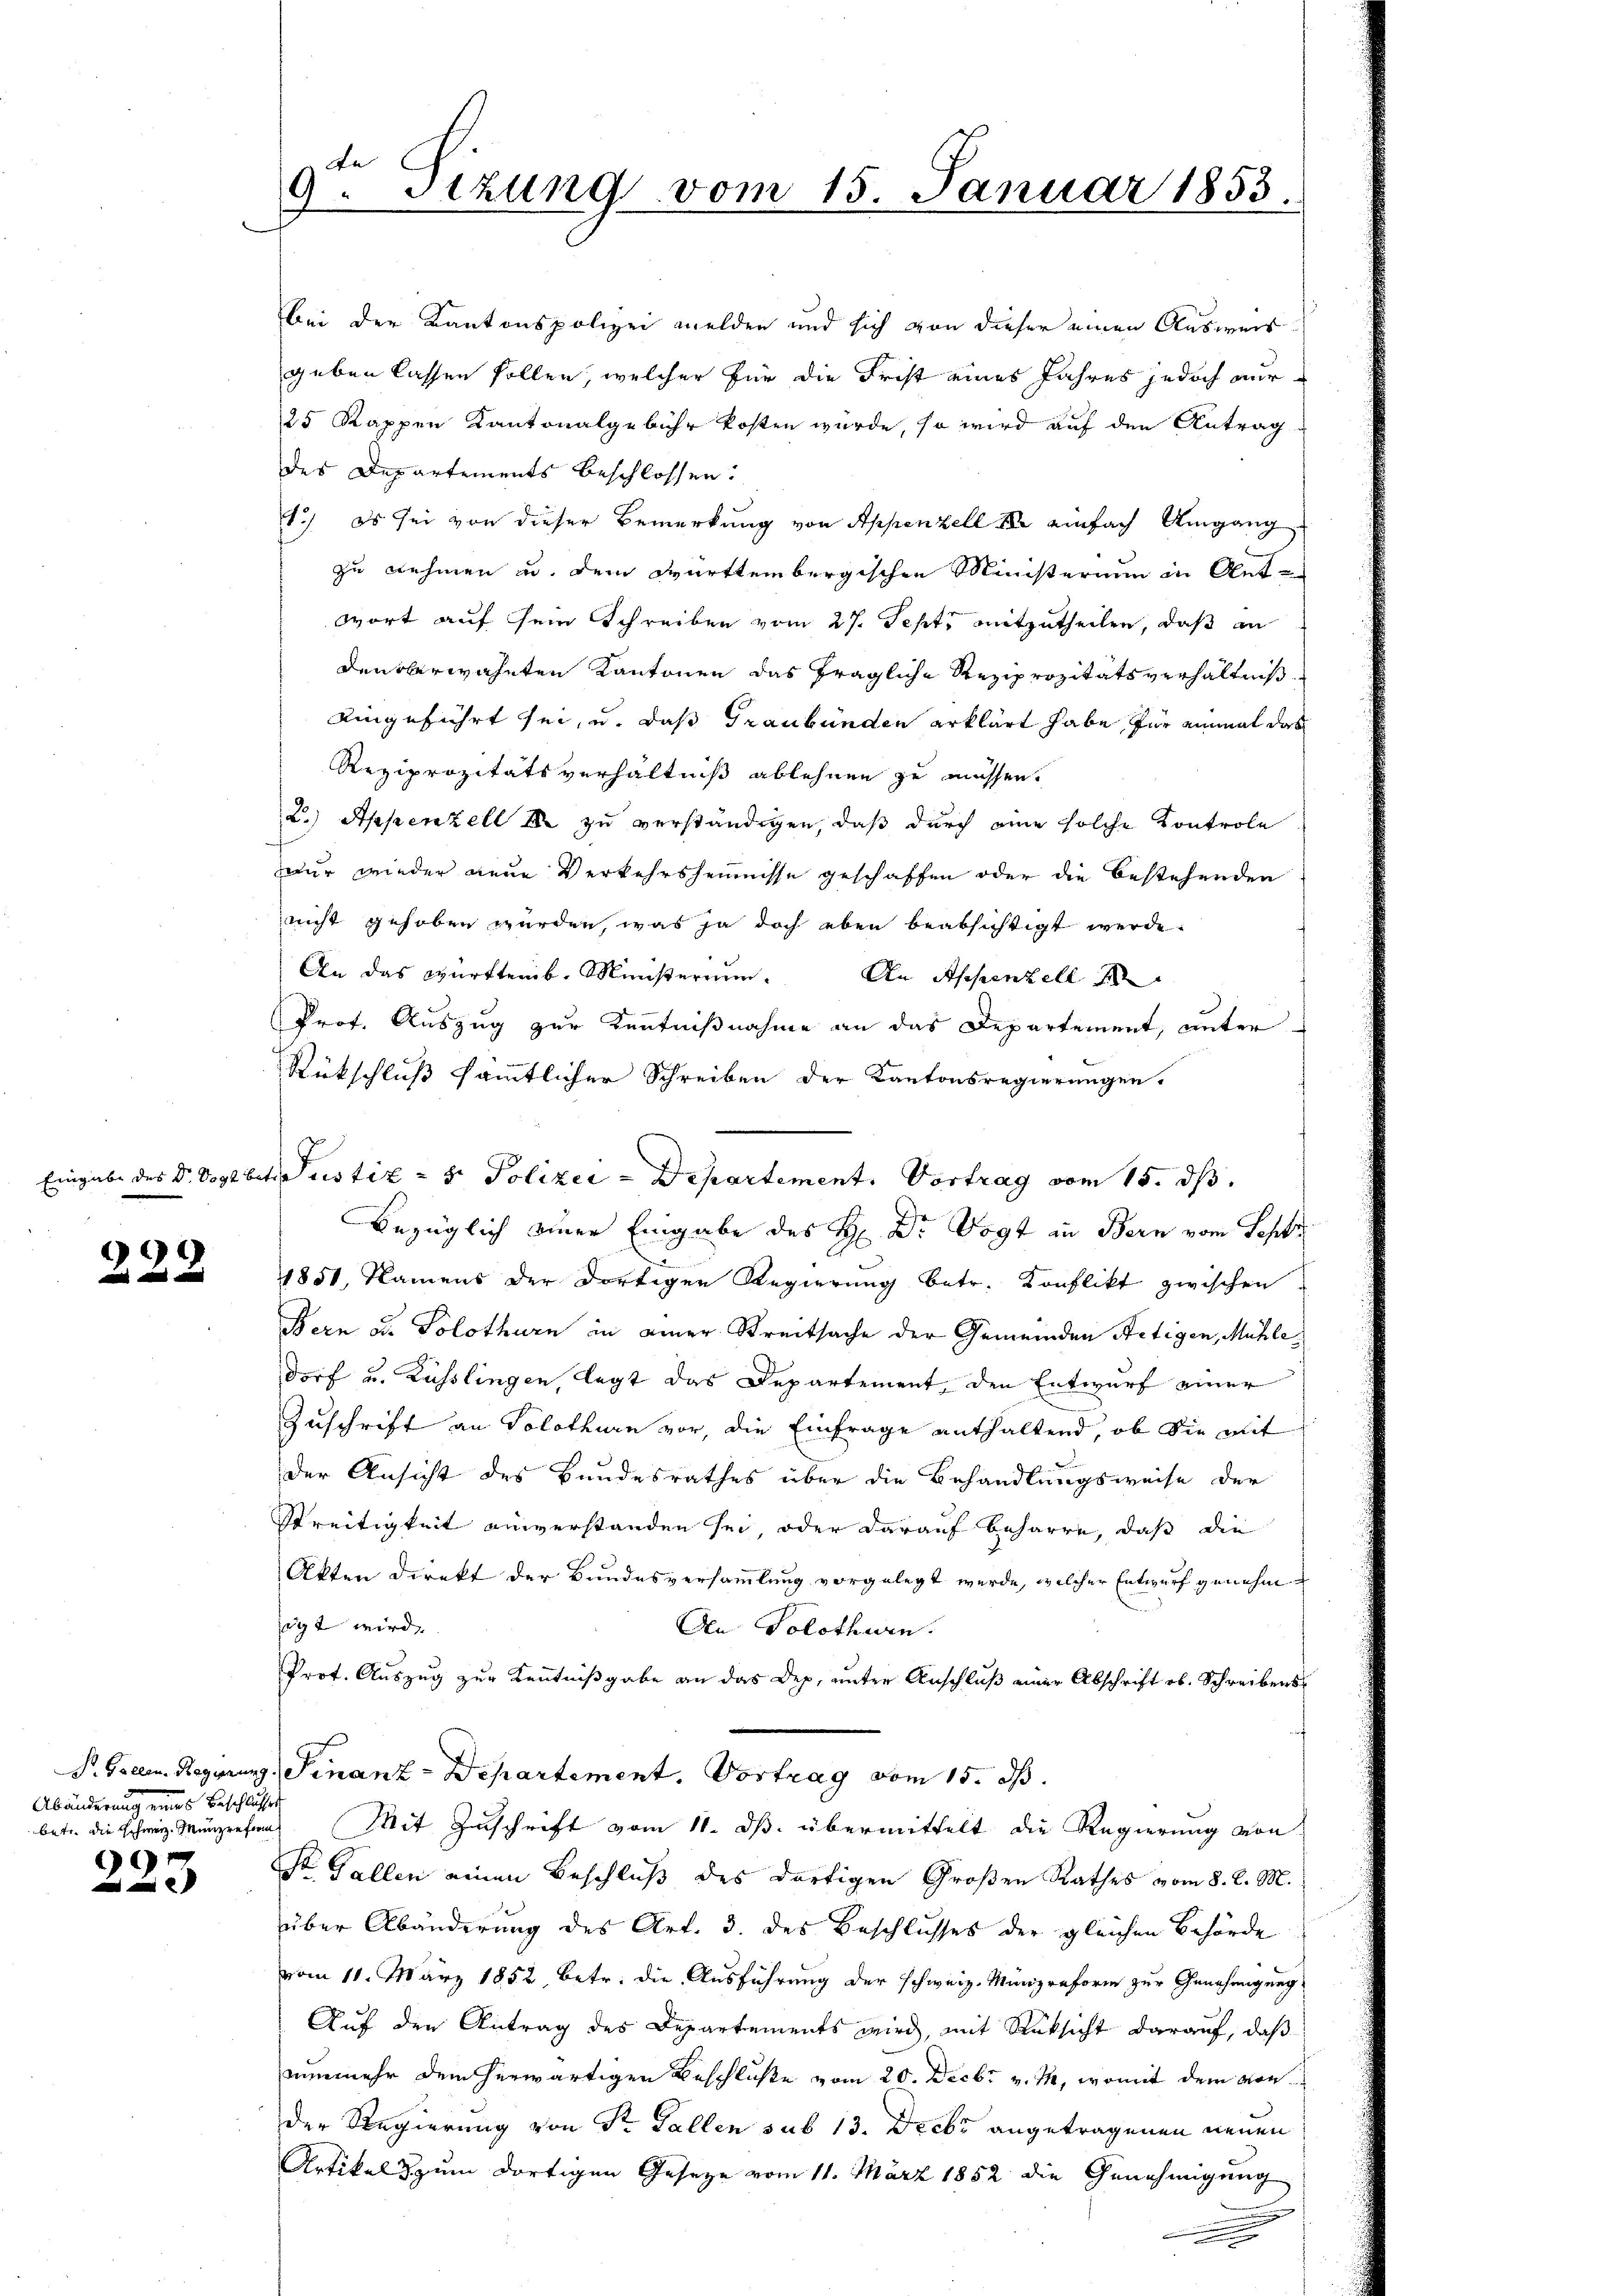
222

Abänderung eines Beschlusse
betr. die Schweiz. Münzreform

9

9. Sitzung vom 15. Januar 1853.

bei der Kantonspolizei melden und sich von dieser einen Ausweis
geben lassen sollen, welcher für die Frist eines Jahres jedoch nur
25 Kappen Kantonalgebühr kosten wurde, so wird auf den Antrag
des Departements beschlossen:
1.) Es sei von dieser Bemerkung von Appenzell II einfach Umgang
zu nehmen u. dem Württembergischen Ministerium in Antwort auf sein Schreiben vom 27. Sept. mitzutheilen, daß an
denberwähnten Kantonen das fragliche Reziprozitätsverhältniß
eingeführt sei, u. daß Graubünden erklärt habe für einmal das
Reziprozitätsverhältniß ablehnen zu müssen.
2.) Appenzell II zu verständigen, daß durch eine solche Kontrole
ur wieder neue Verkehrsheimnisse geschaffen oder die bestehenden
nicht gehoben wurden, was ja doch eben beabsichtigt werde.
An das Württemb. Ministerium. An Appenzell
Prof. Auszug zur Kenntnißnahme an das Departement, unter
Rückschluß sämmtlicher Schreiben der Kantonsregierungen.
bezüglich einer Eingabe des H. Dr Vogt in Bern vom Schr
1851, Namens der dortigen Regierung betr. Konflikt zwischen
Bern u. Solothurn in einer Streitsache der Gemeinden Aetigen, Mühledorf u. Kusslingen, legt das Departement den Entwurf einer
Zuschrift an Solothurn vor, die Einfrage enthaltend, ob die mit
der Ansicht des Bundesrathes über die Behandlungsweise der
Streitigkeit einverstanden sei, oder darauf beharre, daß die
Akten Direkt der Bundesversammlung vorgelegt werde, welcher Entwurf genehmigt wird.
An Solothurn.
Prof. Auszug zur Kenntnißgabe an das Dep. unter Anschluß einer Abschrift ob. Schreibens
P. Gallen. Regierung, Finanz-Departement. Vortrag vom 15. ds.
Mit Zuschrift vom 11. ds. übermittelt die Regierung von
 Gallen einen Beschluß des dortigen Großen Rathes vom 8. d. M.
über Abänderung des Art. 3. des Beschlusses der gleichen Behörde
vom 11. März 1852, betr. die Ausführung der schweiz. Münzreform zur Genehmigung
Auf den Antrag des Departements wird, mit Rüksicht darauf, daß
nunmehr dem herwärtigen Beschluße vom 20. Decbr v. M., womit dem von
der Regierung von Sr. Gallen sub 13. Decbr angetragenen neuen
Artikel zum dortigen Geseze vom 11. März 1852 die Genehmigung
e

Eingabe des Dr. Vogtbetr. Rustiz- & Polizei - Departement. Vortrag vom 15. ds.